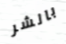
بالشر